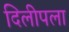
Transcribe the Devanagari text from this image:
दिलीपला